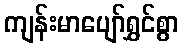
ကျန်းမာပျော်ရွှင်စွာ